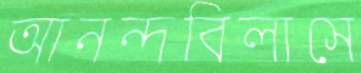
আনন্দবিলাসে